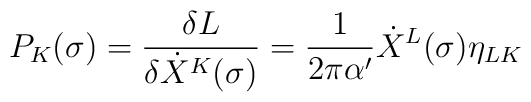
P_{K}(\sigma)=\frac{\delta L}    {\delta \dot X^{K}(\sigma)}=    \frac{1}{2\pi\alpha'}    \dot X^{L}(\sigma)\eta_{LK}